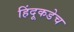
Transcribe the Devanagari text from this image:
हिंदूकडेच